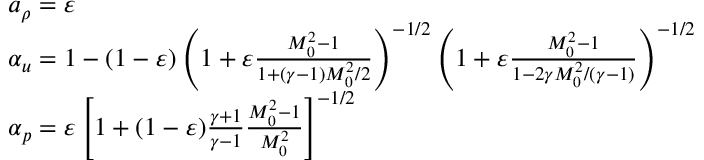
\begin{array} { r l } & { a _ { \rho } = \varepsilon } \\ & { \alpha _ { u } = 1 - ( 1 - \varepsilon ) \left( 1 + \varepsilon \frac { M _ { 0 } ^ { 2 } - 1 } { 1 + ( \gamma - 1 ) M _ { 0 } ^ { 2 } / 2 } \right) ^ { - 1 / 2 } \left( 1 + \varepsilon \frac { M _ { 0 } ^ { 2 } - 1 } { 1 - 2 \gamma M _ { 0 } ^ { 2 } / ( \gamma - 1 ) } \right) ^ { - 1 / 2 } } \\ & { \alpha _ { p } = \varepsilon \left[ 1 + ( 1 - \varepsilon ) \frac { \gamma + 1 } { \gamma - 1 } \frac { M _ { 0 } ^ { 2 } - 1 } { M _ { 0 } ^ { 2 } } \right] ^ { - 1 / 2 } } \end{array}